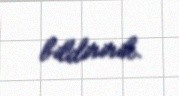
bildiririk.